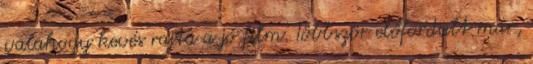
valahogy kevés rajta a jó film. Többször előfordult már,